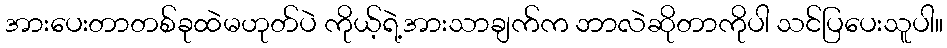
အားပေးတာတစ်ခုထဲမဟုတ်ပဲ ကိုယ့်ရဲ့အားသာချက်က ဘာလဲဆိုတာကိုပါ သင်ပြပေးသူပါ။